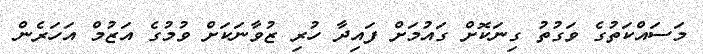
މަސައްކަތުގެ ވަގުތު ގިނަކޮށް ގައުމަށް ފައިދާ ހުރި ޒުވާނަކަށް ވުމުގެ އަޒުމް އަހަރެން